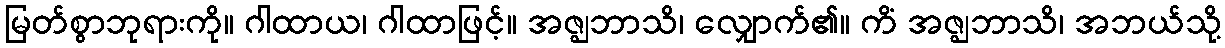
မြတ်စွာဘုရားကို။ ဂါထာယ၊ ဂါထာဖြင့်။ အဇ္ဈဘာသိ၊ လျှောက်၏။ ကိံ အဇ္ဈဘာသိ၊ အဘယ်သို့